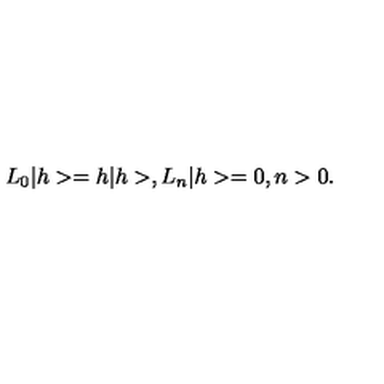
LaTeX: L _ { 0 } | h > = h | h > , L _ { n } | h > = 0 , n > 0 .